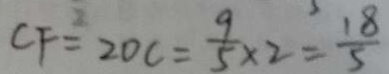
C F = 2 D C = \frac { 9 } { 5 } \times 2 = \frac { 1 8 } { 5 }